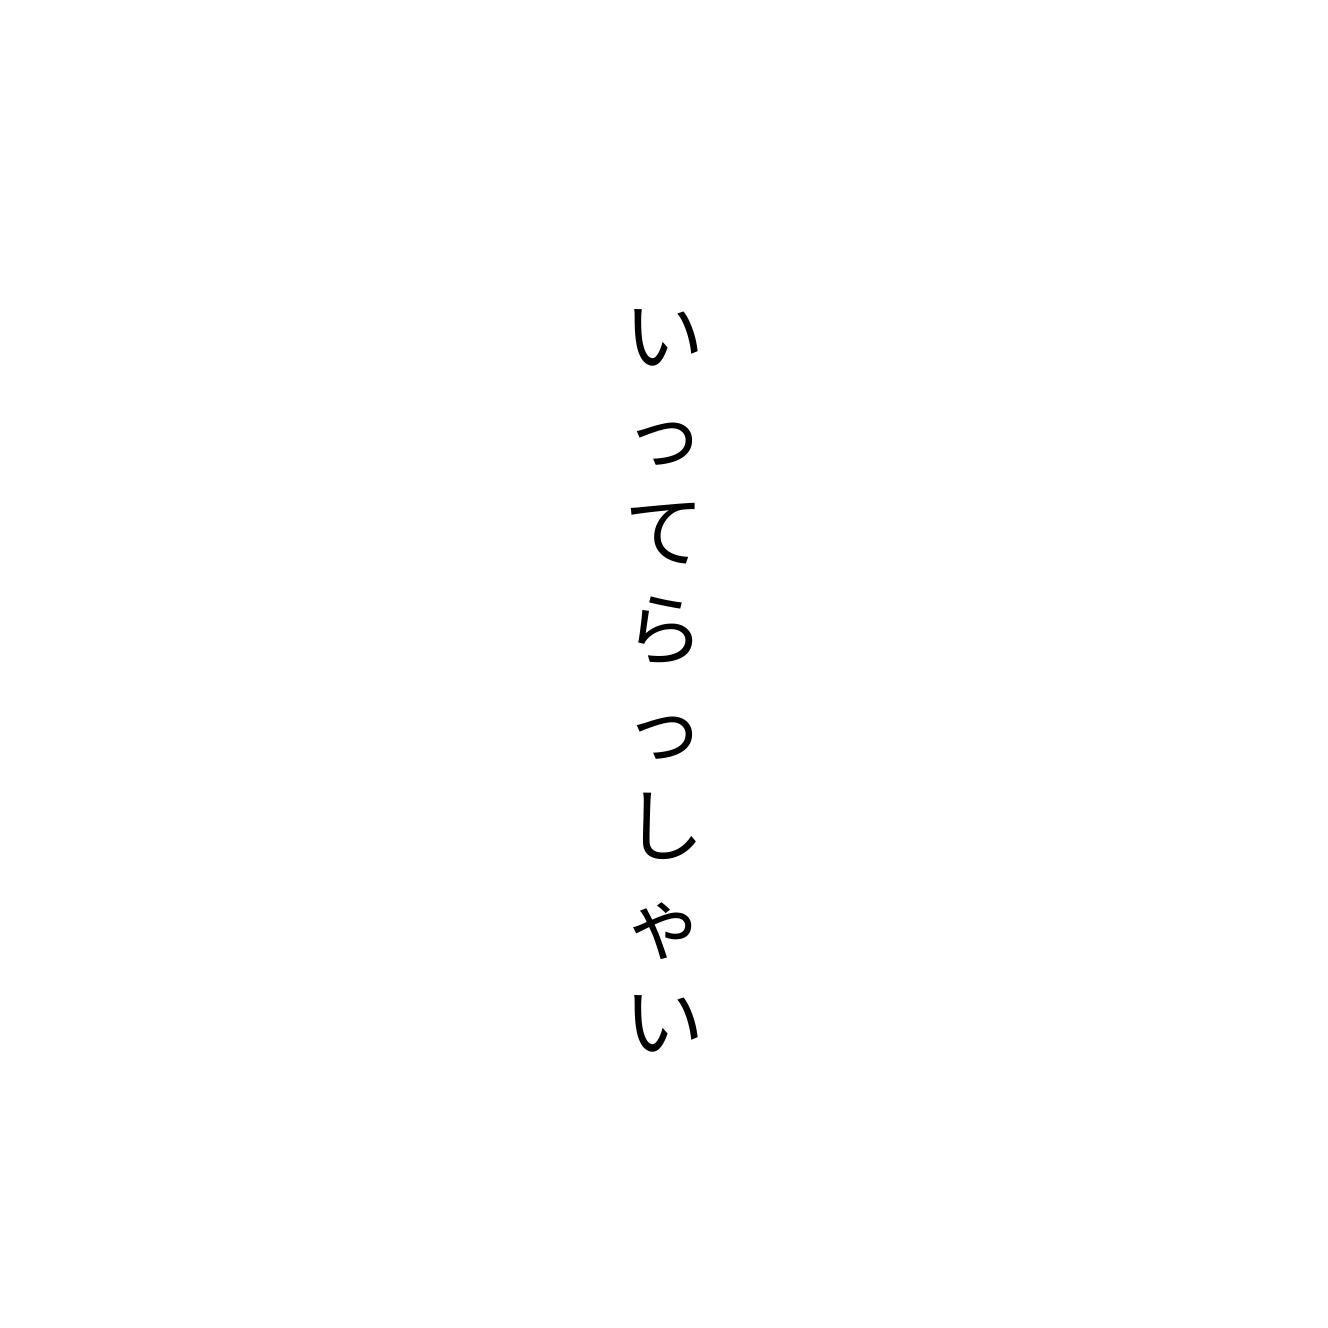
いってらっしゃい